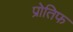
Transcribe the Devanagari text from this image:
प्रोतिफ